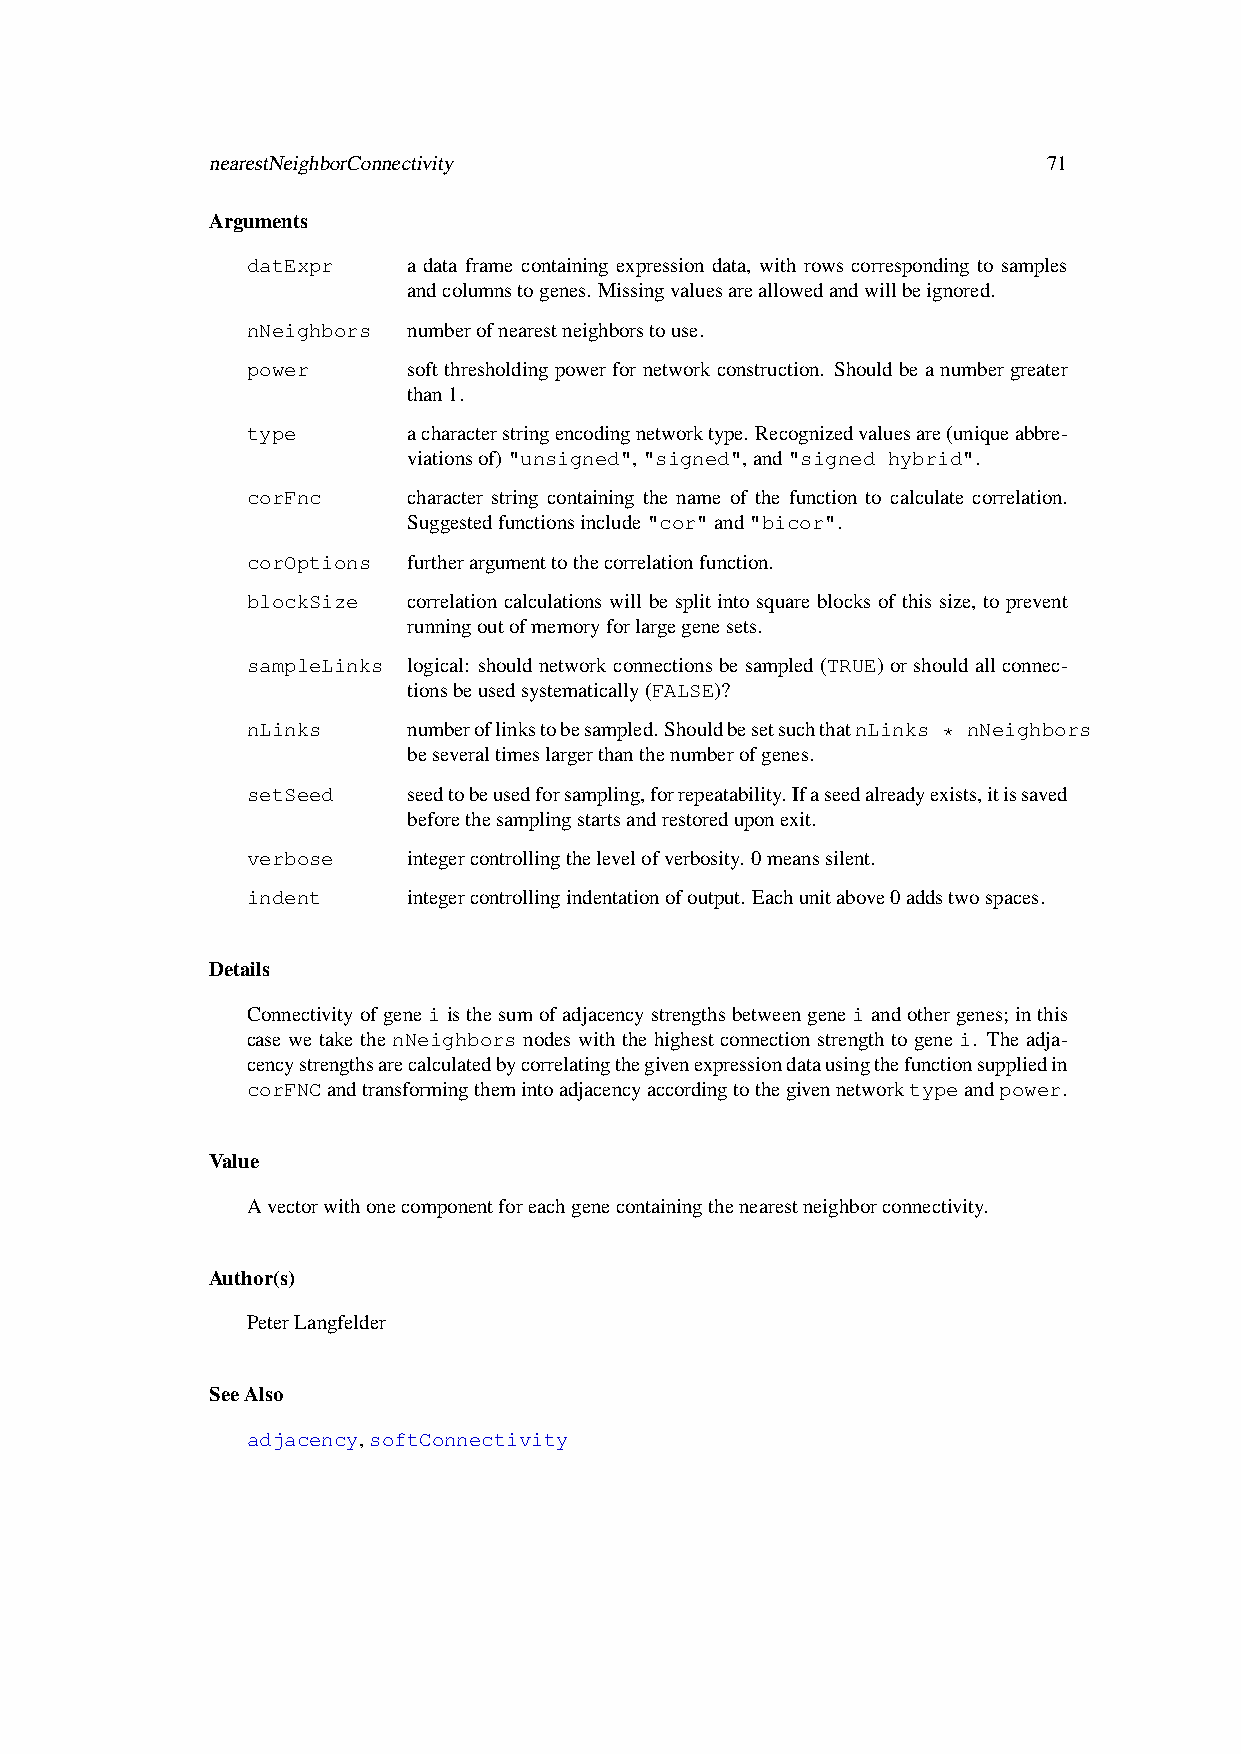
nearestNeighborConnectivity                            71
 Arguments
 datExpr    a data frame containing expression data, with rows corresponding to samples
 andcolumnstogenes. Missingvaluesareallowedandwillbeignored.
 nNeighbors numberofnearestneighborstouse.
 power      softthresholdingpowerfornetworkconstruction. Shouldbeanumbergreater
 than1.
 type       acharacterstringencodingnetworktype. Recognizedvaluesare(uniqueabbre-
 viationsof)"unsigned","signed",and"signed hybrid".
 corFnc     character string containing the name of the function to calculate correlation.
 Suggestedfunctionsinclude"cor"and"bicor".
 corOptions furtherargumenttothecorrelationfunction.
 blockSize  correlation calculations will be split into square blocks of this size, to prevent
 runningoutofmemoryforlargegenesets.
 sampleLinks logical: shouldnetworkconnectionsbesampled(TRUE)orshouldallconnec-
 tionsbeusedsystematically(FALSE)?
 nLinks     numberoflinkstobesampled.ShouldbesetsuchthatnLinks * nNeighbors
 beseveraltimeslargerthanthenumberofgenes.
 setSeed    seedtobeusedforsampling,forrepeatability.Ifaseedalreadyexists,itissaved
 beforethesamplingstartsandrestoreduponexit.
 verbose    integercontrollingthelevelofverbosity. 0meanssilent.
 indent     integercontrollingindentationofoutput. Eachunitabove0addstwospaces.
 Details
 Connectivityofgeneiisthesumofadjacencystrengthsbetweengeneiandothergenes; inthis
 case we take the nNeighbors nodes with the highest connection strength to gene i. The adja-
 cencystrengthsarecalculatedbycorrelatingthegivenexpressiondatausingthefunctionsuppliedin
 corFNCandtransformingthemintoadjacencyaccordingtothegivennetworktypeandpower.
 Value
 Avectorwithonecomponentforeachgenecontainingthenearestneighborconnectivity.
 Author(s)
 PeterLangfelder
 SeeAlso
 adjacency,softConnectivity